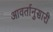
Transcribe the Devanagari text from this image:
आवर्तानुसारी